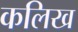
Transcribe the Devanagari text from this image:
कलिख